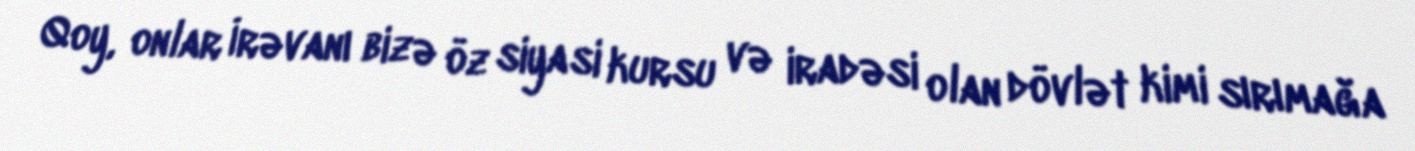
Qoy, onlar İrəvanı bizə öz siyasi kursu və iradəsi olan dövlət kimi sırımağa